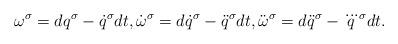
LaTeX: \begin{gather*}\omega^\sigma = dq^\sigma - \dot q^\sigma dt,\dot \omega^\sigma = d \dot q^\sigma - \ddot q^\sigma dt,\ddot \omega^\sigma = d \ddot q^\sigma - \dddot q^\sigma dt.\end{gather*}